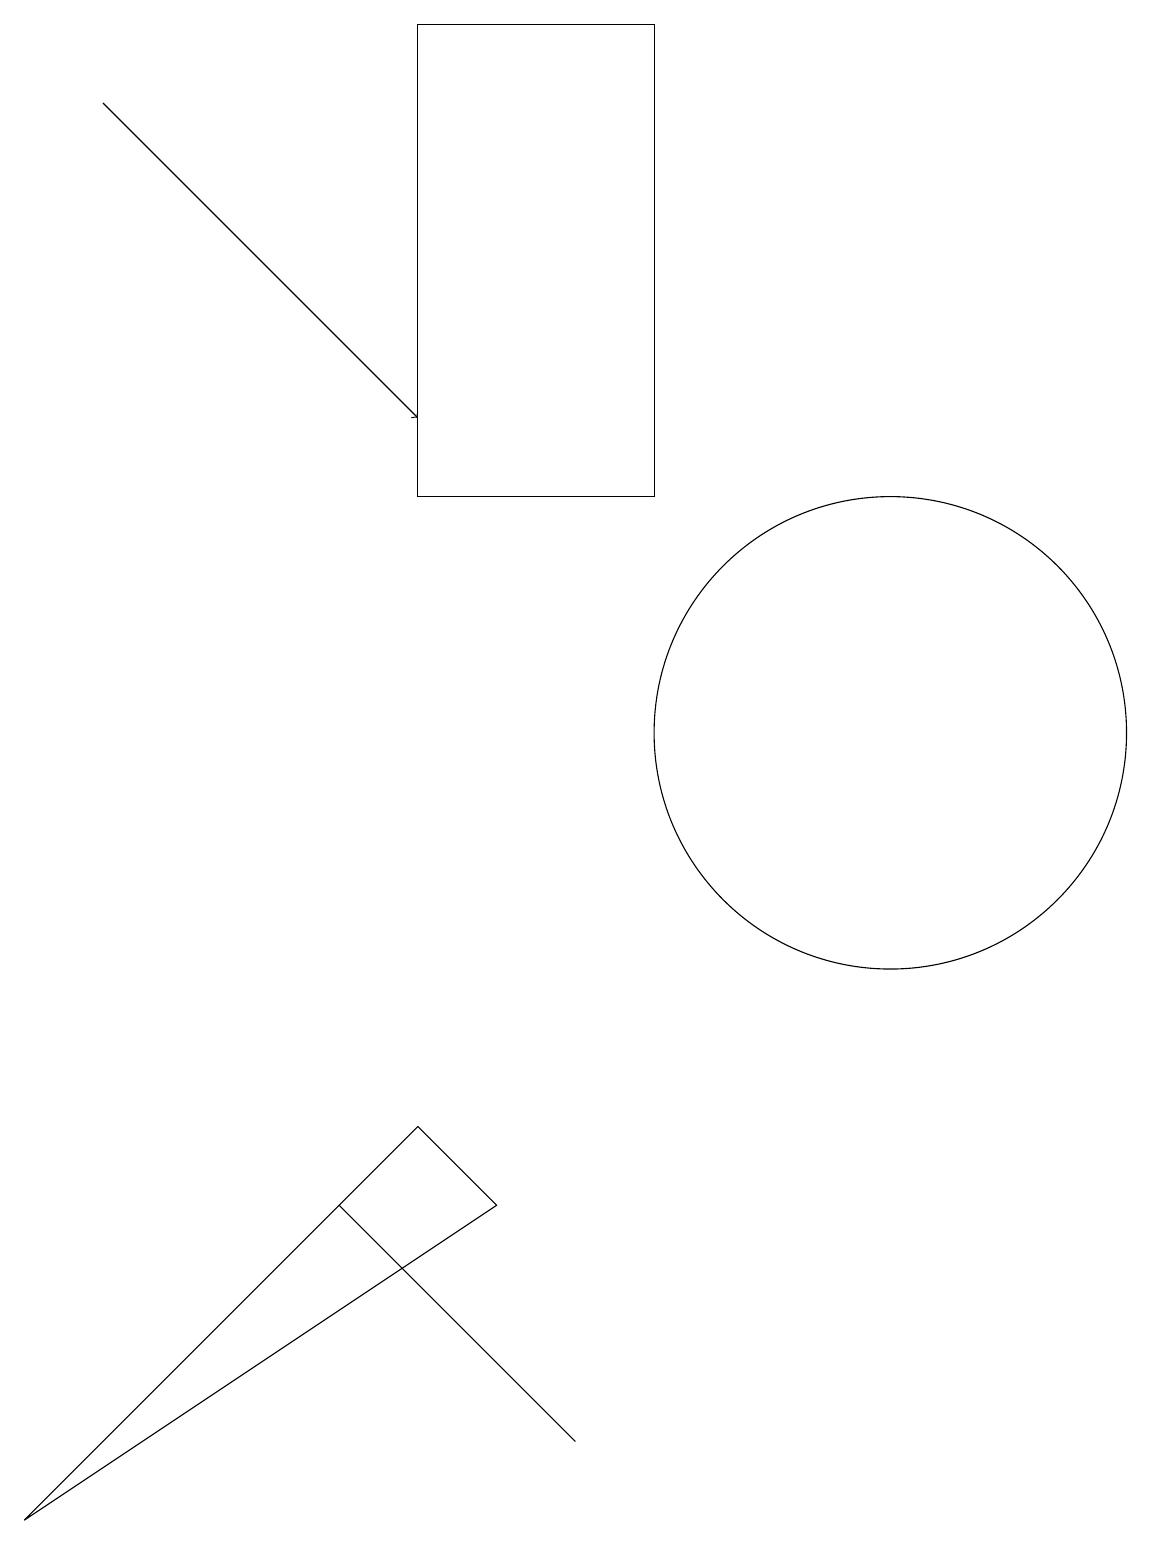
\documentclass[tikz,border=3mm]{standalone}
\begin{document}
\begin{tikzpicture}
\draw (5,13) rectangle (8,19);
\draw (12,12) circle (0);
\draw (4,4) -- (4,4) -- (7,1) -- cycle;
\draw (6,4) -- (0,0) -- (5,5) -- cycle;
\draw (11,10) circle (3);
\draw[->] (1,18) -- (5,14);
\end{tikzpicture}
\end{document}